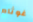
غوثام